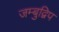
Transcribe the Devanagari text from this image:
जम्बुद्विप